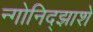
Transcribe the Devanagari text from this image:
न्गोनिद्झाशे